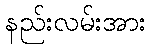
နည်းလမ်းအား